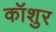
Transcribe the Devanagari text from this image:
कॉशुर